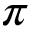
\pi